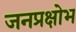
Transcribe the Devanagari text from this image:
जनप्रक्षोभ